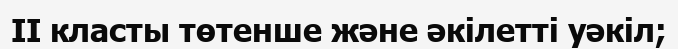
II класты төтенше және әкілетті уәкіл;